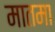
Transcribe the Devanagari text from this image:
मातमा